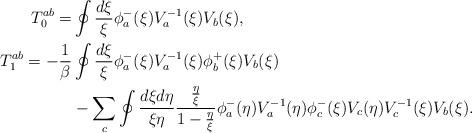
LaTeX: \begin{align*}T^{ab}_{0}= &\oint\frac{d\xi}{\xi}\phi_a^-(\xi)V_a^{-1}(\xi)V_b(\xi),\\T^{ab}_{1}=-\frac{1}{\beta}&\oint\frac{d\xi}{\xi}\phi_a^-(\xi)V_a^{-1}(\xi)\phi_b^+(\xi)V_b(\xi)\\ &-\sum_c \oint\frac{d\xi d\eta}{\xi\eta}\frac{\frac{\eta}{\xi}}{1-\frac{\eta}{\xi}}\phi_a^-(\eta)V_a^{-1}(\eta)\phi_c^-(\xi)V_c(\eta)V_c^{-1}(\xi)V_b(\xi). \end{align*}